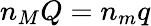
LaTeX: n_{M}Q=n_{m}q